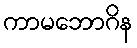
ကာမဘောဂိန